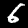
Digit: 6